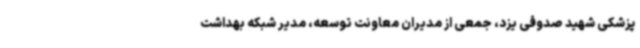
پزشکی شهید صدوقی یزد، جمعی از مدیران معاونت توسعه، مدیر شبکه بهداشت